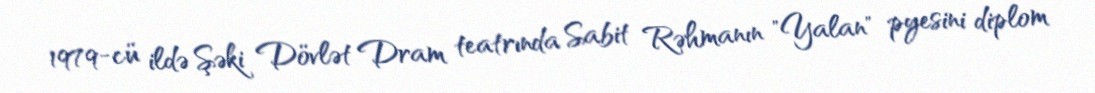
1979-cü ildə Şəki Dövlət Dram teatrında Sabit Rəhmanın "Yalan" pyesini diplom